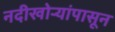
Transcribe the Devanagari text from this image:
नदीखोर्‍यांपासून